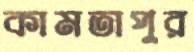
কামতাপুর